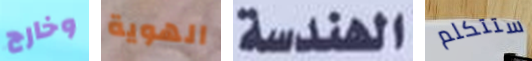
وخارج الهوية الهندسة ستتكلم